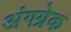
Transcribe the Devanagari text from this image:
अंगग्रेक